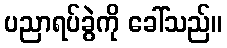
ပညာရပ်ခွဲကို ခေါ်သည်။